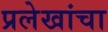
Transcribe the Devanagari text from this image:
प्रलेखांचा